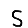
Digit: 5